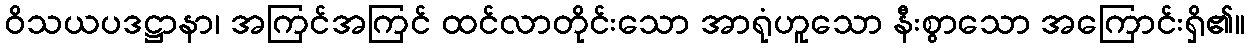
ဝိသယပဒဋ္ဌာနာ၊ အကြင်အကြင် ထင်လာတိုင်းသော အာရုံဟူသော နီးစွာသော အကြောင်းရှိ၏။